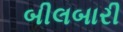
બીલબારી